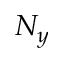
N _ { y }